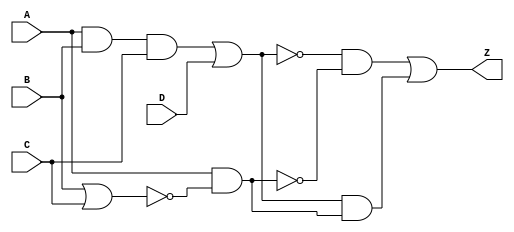
`timescale 1ns/1ps
module q2
    (output wire Z,
    input wire A, B, C, D);

    assign #5 m0 = (A & B & C);
    assign #5 m1 = (~B & ~C);

    assign #5 E = (m0 | D);
    assign #5 F = (~(A & ~(B | C)));

    assign #2 Fn = F;

    assign Z = ((~E & F) | (E & ~F));
endmodule